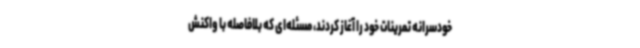
خودسرانه تمرینات خود را آغاز کردند، مسئله‌ای که بلافاصله با واکنش